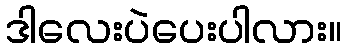
ဒါလေးပဲပေးပါလား။